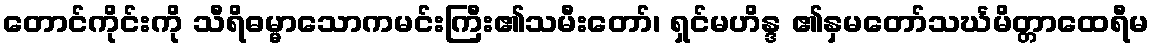
တောင်ကိုင်းကို သီရိဓမ္မာသောကမင်းကြီး၏သမီးတော်၊ ရှင်မဟိန္ဒ ၏နှမတော်သင်္ဃမိတ္တာထေရီမ